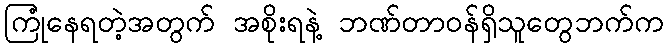
ကြုံနေရတဲ့အတွက် အစိုးရနဲ့ ဘဏ်တာဝန်ရှိသူတွေဘက်က